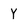
Character: Y